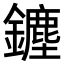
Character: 𨮞